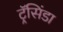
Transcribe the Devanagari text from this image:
ट्रॅसिंडा